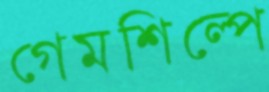
গেমশিল্পে